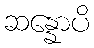
ဆန္နောပိ